Annual vaccination report of Bihar and Orissa - 1911-1928
Year: 1911
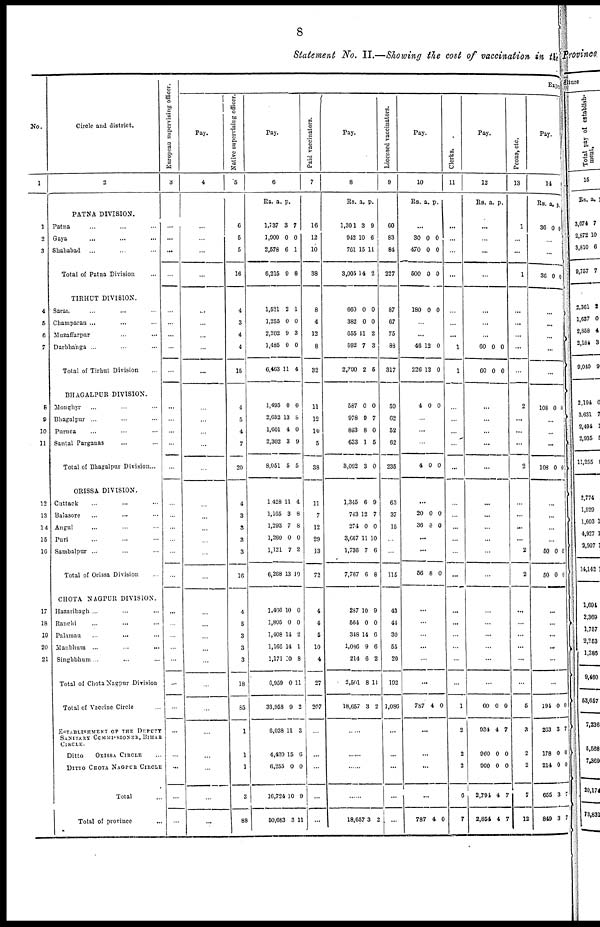
8
Statement No. II.—Showing the cost of vaccination in the
No.
1
1
2
3
4
5
6
7
8
9
10
11
12
13
14
15
16
17
18
19
20
21
Circle and district.
2
PATNA DIVISION.
Patna ... ... ...
Gaya ... ... ...
Shahabad ... ... ...
Total of Patna Division ...
TIRHUT DIVISION.
Saran ... ... ...
Champaran ... ... ...
Muzaffarpur ... ...
Darbhanga ... ... ...
Total of Tirhut Division ...
BHAGALPUR DIVISION.
Monghyr ... ... ...
Bhagalpur ... ... ...
Purnea ... ... ...
Santal Parganas ... ...
Total of Bhagalpur Division...
ORISSA DIVISION.
Cuttack ... ... ...
Balasore ... ... ...
Angul ... ... ...
Puri ... ... ...
Sambalpur ... ... ...
Total of Orissa Division ...
CHOTA NAGPUR DIVISION.
Hazaribagh ... ... ...
Ranchi ... ... ...
Palamau ... ... ...
Manbhum ... ... ...
Singhbhum ... ... ...
Total of Chota Nagpur Division
Total of Vaccine Circle ...
ESTABLISHMENT OF THE DEPUTY
SANITARY COMMISSIONER, BIHAR
CIRCLE.
Ditto
ORISSA CIRCLE ...
DITTO CHOTA NAGPUR CIRCLE ...
Total ...
Total of province ...
European supervising officer.
3
...
...
...
...
...
...
...
...
...
...
...
...
...
...
...
...
...
...
...
...
...
...
...
...
...
...
...
...
...
...
...
1
Pay.
4
...
...
...
...
...
...
...
...
...
...
...
...
...
...
...
...
...
...
...
...
...
...
...
...
...
...
...
...
...
...
...
...
Native supervising officer.
5
6
5
5
16
4
3
4
4
15
4
5
4
7
20
4
3
3
3
3
16
4
5
3
3
3
18
85
1
1
1
3
88
Pay.
6
Rs.
1,737
1,900
2,578
6,215
a.
3
0
6
9
p.
7
0
1
8
1,521
1,255
2,202
1,485
6,463
2
0
9
0
11
1
0
3
0
4
1,495
2,652
1,601
2,302
8,051
0
13
4
3
5
0
8
0
9
5
1,428
1,165
1,293
1,260
1,121
6,268
11
3
7
0
7
13
4
8
8
0
2
10
1,406
1,805
1,408
1,166
1,171
6,959
33,958
6,038
4,430
6,255
16,724
50,683
10
0
14
14
10
0
9
11
15
0
10
3
0
0
2
1
8
11
2
3
6
0
9
11
Paid vaccinators.
7
16
12
10
38
8
4
12
8
32
11
12
10
5
38
11
7
12
29
13
72
4
4
5
10
4
27
207
...
...
...
...
...
Pay.
8
Rs.
1,301
942
761
3,005
a.
3
10
15
14
p.
9
6
11
2
660
382
655
592
2,290
0
0
11
7
2
0
0
2
3
5
587
978
893
633
3,092
0
9
8
1
3
0
7
0
5
0
1,345
743
274
3,667
1,736
7,767
6
12
0
11
7
6
9
7
0
10
6
8
287
564
348
1,086
214
2,501
18,657
10
0
14
9
6
8
3
9
0
6
6
2
11
2
...
...
...
...
18,657 3 2
Licensed vaccinators.
9
60
83
84
227
87
67
75
88
317
59
62
52
62
235
63
37
15
...
...
115
43
44
30
55
20
192
1,086
...
...
...
...
...
Pay.
10
Rs. a. p.
...
30
470
500
0
0
0
0
0
0
180 0 0
...
...
46
226
12
12
0
0
4 0 0
...
...
...
4 0 0
...
20
36
0
8
0
0
...
...
56 8 0
...
...
...
...
...
...
787 4 0
...
...
...
...
787 4 0
Clerks.
11
...
...
...
...
...
...
...
1
1
...
...
...
...
...
...
...
...
...
...
...
...
...
...
...
...
...
1
2
2
2
6
7
Pay.
12
Rs. a. p.
...
...
...
...
...
...
...
60
60
0
0
0
0
...
...
...
...
...
...
...
...
...
...
...
...
...
...
...
...
...
60
934
960
900
2,794
2,854
0
4
0
0
4
4
0
7
0
0
7
7
Peons, etc.
13
1
...
...
1
...
...
...
...
...
2
...
...
...
2
...
...
...
...
2
2
...
...
...
...
...
...
5
3
2
2
7
12
Pay.
14
Rs.
36
a.
0
p.
0
...
...
36 0 0
...
...
...
...
...
108 0 0
...
...
...
108 0 0
...
...
...
...
50
50
0
0
0
0
...
...
...
...
...
...
194
263
178
214
655
849
0
3
0
0
3
3
0
7
0
0
7
7